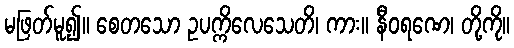
မဖြတ်မူ၍။ စေတသော ဥပက္ကိလေသေတိ၊ ကား။ နီဝရဏေ၊ တို့ကို။